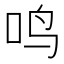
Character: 鸣